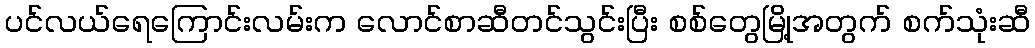
ပင်လယ်ရေကြောင်းလမ်းက လောင်စာဆီတင်သွင်းပြီး စစ်တွေမြို့အတွက် စက်သုံးဆီ